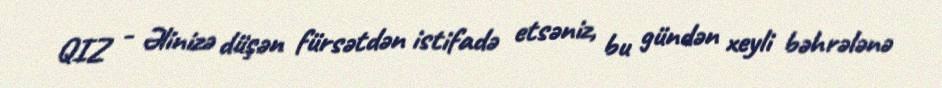
QIZ - Əlinizə düşən fürsətdən istifadə etsəniz, bu gündən xeyli bəhrələnə